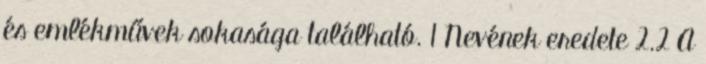
és emlékművek sokasága található. 1 Nevének eredete 2.2 A